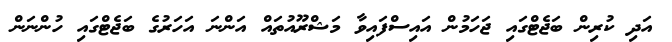
އަދި ކުރިން ބަޖެޓްގައި ޖަހަމުން އައިސްފައިވާ މަޝްރޫއުތައް އަންނަ އަހަރުގެ ބަޖެޓްގައި ހުންނަން